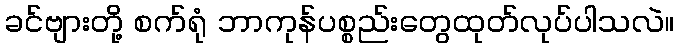
ခင်ဗျားတို့ စက်ရုံ ဘာကုန်ပစ္စည်းတွေထုတ်လုပ်ပါသလဲ။